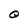
Character: O